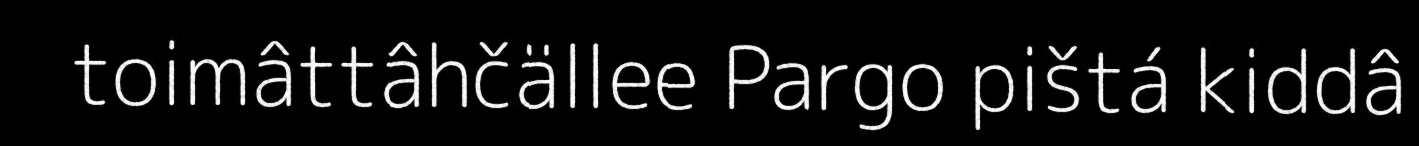
toimâttâhčällee Pargo pištá kiddâ